Government Evacuation Scheme: Educational provision, 1939
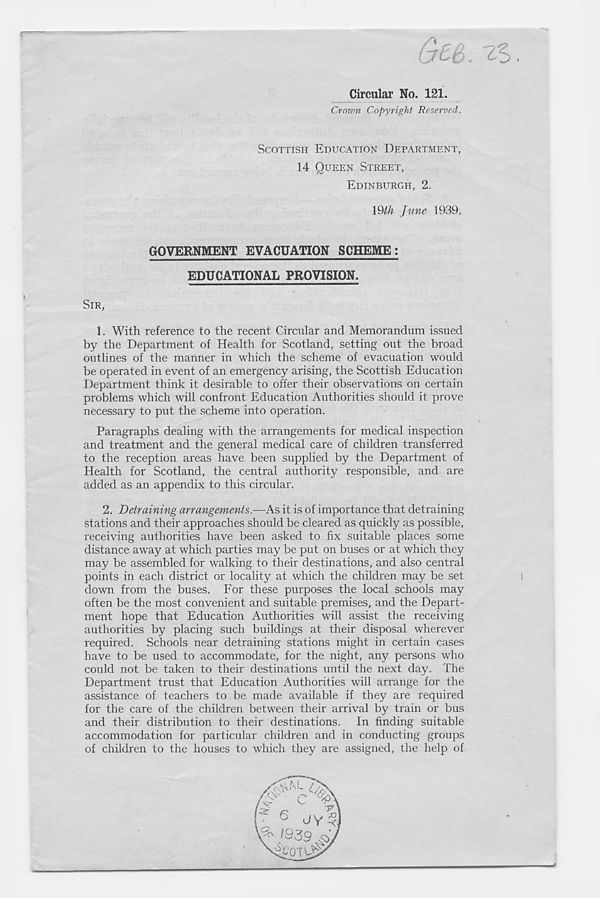
^Circular No. 121.
Crown Copyright Reserved.
SCOTTISH EDUCATION DEPARTMENT,
14 QUEEN STREET,
EDINBURCXH, 2.
\§th June 1939.
GOVERNMENT EVACUATION SCHEME:
EDUCATIONAL PROVISION.
SIR,
1. With reference to the recent Circular and Memorandum issued
by the Department of Health for Scotland, setting out the broad
outlines of the manner in which the scheme of evacuation would
be operated in event of an emergency arising, the Scottish Education
Department think it desirable to offer their observations on certain
problems which will confront Education Authorities should it prove
necessary to put the .scheme into operation.
Paragraphs dealing with the arrangements for medical inspection
and treatment and the general medical care of children transferred
to the reception areas have been supplied by the Department of
Health for Scotland, the central authority responsible, and are
added as an appendix to this circular.
2. Detraining arrangements.—As it is of importance that detraining
stations and their approaches should be cleared as quickly as possible,
receiving authorities have been asked to fix suitable places some
distance away at which parties may be put on buses or at which they
may be assembled for walking to their destinations, and also central
points in each district or locality at which the children may be set
down from the buses. For these purposes the local schools may
often be the most convenient and suitable premises, and the Depart-
ment hope that Education Authorities will assist the receiving
authorities by placing such buildings at their disposal wherever
required. Schools near detraining stations might in certain cases
have to be used to accommodate, for the night, any persons who
could not be taken to their destinations until the next day. The
Department trust that Education Authorities will arrange for the
assistance of teachers to be made available if they are required
for the care of the children between their arrival by train or bus
and their distribution to their destinations. In finding suitable
accommodation for particular children and in conducting groups
of children to the houses to which they are assigned, the help of
l